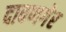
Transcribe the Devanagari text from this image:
दावणगेर